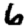
Digit: 6